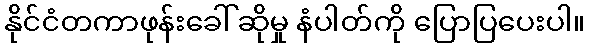
နိုင်ငံတကာဖုန်းခေါ်ဆိုမှု နံပါတ်ကို ပြောပြပေးပါ။